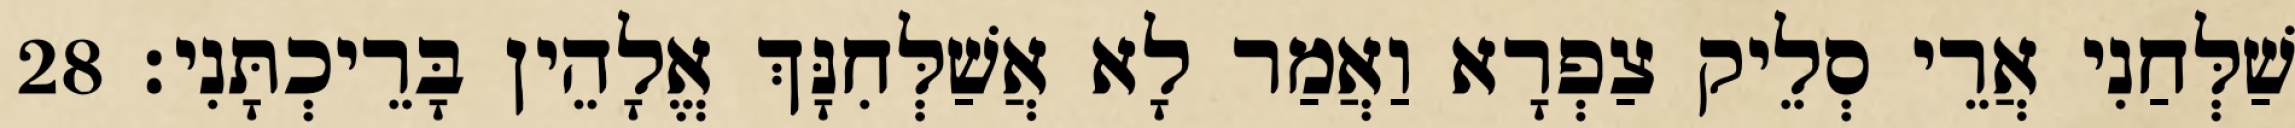
שַׁלְּחַנִי אֲרֵי סְלֵיק צַפְרָא וַאֲמַר לָא אֲשַׁלְּחִנָּךְ אֱלָהֵין בָּרֵיכְתָּנִי׃ 28